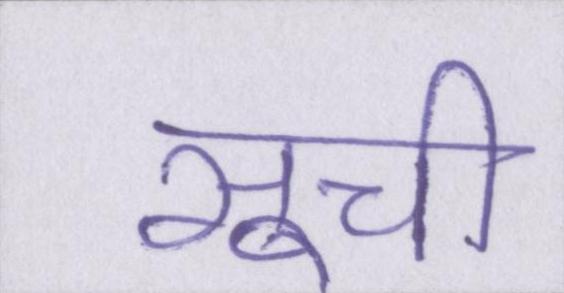
सूची